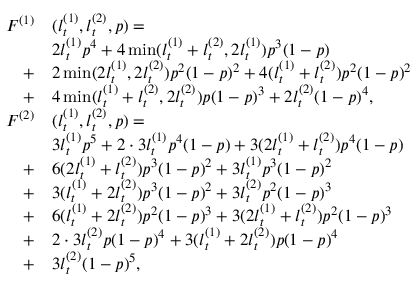
\begin{array} { r l } { F ^ { ( 1 ) } } & { ( l _ { t } ^ { ( 1 ) } , l _ { t } ^ { ( 2 ) } , p ) = } \\ & { 2 l _ { t } ^ { ( 1 ) } p ^ { 4 } + 4 \operatorname* { m i n } ( l _ { t } ^ { ( 1 ) } + l _ { t } ^ { ( 2 ) } , 2 l _ { t } ^ { ( 1 ) } ) p ^ { 3 } ( 1 - p ) } \\ { + } & { 2 \operatorname* { m i n } ( 2 l _ { t } ^ { ( 1 ) } , 2 l _ { t } ^ { ( 2 ) } ) p ^ { 2 } ( 1 - p ) ^ { 2 } + 4 ( l _ { t } ^ { ( 1 ) } + l _ { t } ^ { ( 2 ) } ) p ^ { 2 } ( 1 - p ) ^ { 2 } } \\ { + } & { 4 \operatorname* { m i n } ( l _ { t } ^ { ( 1 ) } + l _ { t } ^ { ( 2 ) } , 2 l _ { t } ^ { ( 2 ) } ) p ( 1 - p ) ^ { 3 } + 2 l _ { t } ^ { ( 2 ) } ( 1 - p ) ^ { 4 } , } \\ { F ^ { ( 2 ) } } & { ( l _ { t } ^ { ( 1 ) } , l _ { t } ^ { ( 2 ) } , p ) = } \\ & { 3 l _ { t } ^ { ( 1 ) } p ^ { 5 } + 2 \cdot 3 l _ { t } ^ { ( 1 ) } p ^ { 4 } ( 1 - p ) + 3 ( 2 l _ { t } ^ { ( 1 ) } + l _ { t } ^ { ( 2 ) } ) p ^ { 4 } ( 1 - p ) } \\ { + } & { 6 ( 2 l _ { t } ^ { ( 1 ) } + l _ { t } ^ { ( 2 ) } ) p ^ { 3 } ( 1 - p ) ^ { 2 } + 3 l _ { t } ^ { ( 1 ) } p ^ { 3 } ( 1 - p ) ^ { 2 } } \\ { + } & { 3 ( l _ { t } ^ { ( 1 ) } + 2 l _ { t } ^ { ( 2 ) } ) p ^ { 3 } ( 1 - p ) ^ { 2 } + 3 l _ { t } ^ { ( 2 ) } p ^ { 2 } ( 1 - p ) ^ { 3 } } \\ { + } & { 6 ( l _ { t } ^ { ( 1 ) } + 2 l _ { t } ^ { ( 2 ) } ) p ^ { 2 } ( 1 - p ) ^ { 3 } + 3 ( 2 l _ { t } ^ { ( 1 ) } + l _ { t } ^ { ( 2 ) } ) p ^ { 2 } ( 1 - p ) ^ { 3 } } \\ { + } & { 2 \cdot 3 l _ { t } ^ { ( 2 ) } p ( 1 - p ) ^ { 4 } + 3 ( l _ { t } ^ { ( 1 ) } + 2 l _ { t } ^ { ( 2 ) } ) p ( 1 - p ) ^ { 4 } } \\ { + } & { 3 l _ { t } ^ { ( 2 ) } ( 1 - p ) ^ { 5 } , } \end{array}